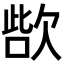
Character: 𣣊